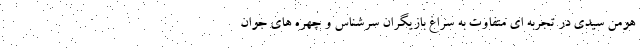
هومن سیدی در تجربه ای متفاوت به سراغ بازیگران سرشناس و چهره های جوان